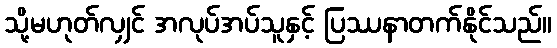
သို့မဟုတ်လျှင် အလုပ်အပ်သူနှင့် ပြဿနာတက်နိုင်သည်။